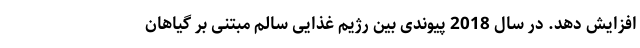
افزایش دهد. در سال 2018 پیوندی بین رژیم غذایی سالم مبتنی بر گیاهان